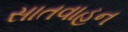
સાતવાહન